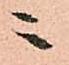
ニ